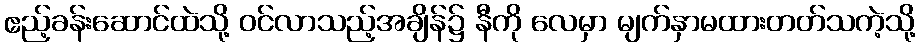
ဧည့်ခန်းဆောင်ထဲသို့ ဝင်လာသည့်အချိန်၌ နီကို လေမှာ မျက်နှာမထားတတ်သကဲ့သို့